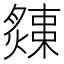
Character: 𤐬